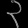
Digit: ၃